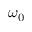
\omega _ { 0 }